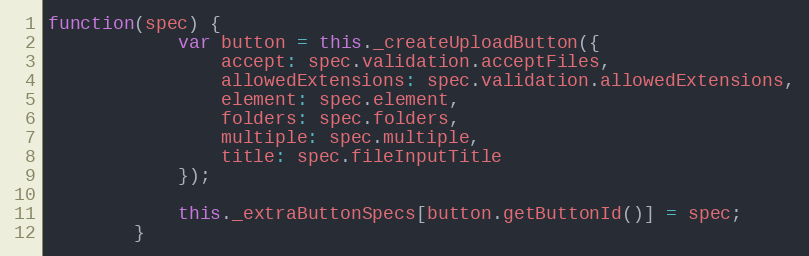
Language: JavaScript
function(spec) {
            var button = this._createUploadButton({
                accept: spec.validation.acceptFiles,
                allowedExtensions: spec.validation.allowedExtensions,
                element: spec.element,
                folders: spec.folders,
                multiple: spec.multiple,
                title: spec.fileInputTitle
            });

            this._extraButtonSpecs[button.getButtonId()] = spec;
        }